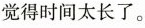
觉得时间太长了。